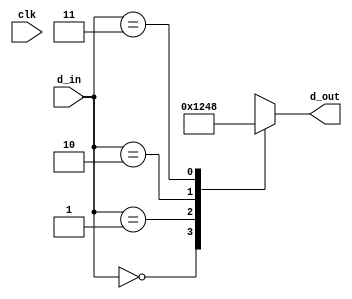
module decode_2_4(output  [3:0] d_out,input [1:0] d_in,input wire clk);

reg [3:0]tmp;
assign d_out=tmp;
initial begin
tmp<=4'b0;
end
always @(clk)
begin
case(d_in)
0: tmp <=4'h1;
1: tmp<=4'h2;
2: tmp<=4'h4;
3: tmp<=4'h8;
default: begin end
endcase
end
endmodule